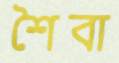
শৈবা